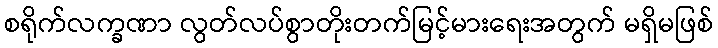
စရိုက်လက္ခဏာ လွတ်လပ်စွာတိုးတက်မြင့်မားရေးအတွက် မရှိမဖြစ်